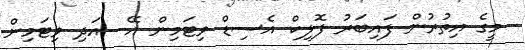
މީގެ އިތުރުން ފައިބަރު ފޮލިކް އެސިޑް ވިޓަމިން އޭ  އަދި ވިޓަމިން